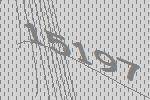
15197